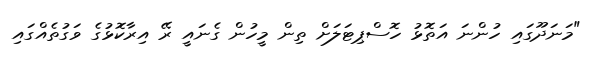
"މަނަދޫގައި ހުންނަ އަތޮޅު ހޮސްޕިޓަލަށް ތިން މީހުން ގެނައީ ރޭ އިރާކޮޅުގެ ވަގުތެއްގައި